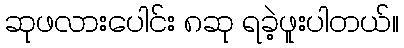
ဆုဖလားပေါင်း ၈ဆု ရခဲ့ဖူးပါတယ်။